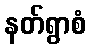
နတ်ရွာစံ